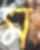
ম